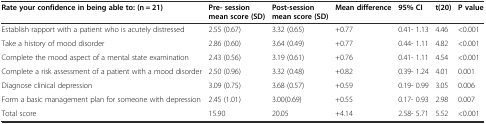
<table><thead><tr><td><b>Rate your confidence in being able to: (n = 21)</b></td><td><b>Pre- session mean score (SD)</b></td><td><b>Post-session mean score (SD)</b></td><td><b>Mean difference</b></td><td><b>95% CI</b></td><td><b>t(20)</b></td><td><b>P value</b></td></tr></thead><tbody><tr><td>Establish rapport with a patient who is acutely distressed</td><td>2.55 (0.67)</td><td>3.32 (0.65)</td><td>+0.77</td><td>0.41- 1.13</td><td>4.46</td><td>&lt;0.001</td></tr><tr><td>Take a history of mood disorder</td><td>2.86 (0.60)</td><td>3.64 (0.49)</td><td>+0.77</td><td>0.44- 1.11</td><td>4.82</td><td>&lt;0.001</td></tr><tr><td>Complete the mood aspect of a mental state examination</td><td>2.43 (0.56)</td><td>3.19 (0.61)</td><td>+0.76</td><td>0.41- 1.11</td><td>4.54</td><td>&lt;0.001</td></tr><tr><td>Complete a risk assessment of a patient with a mood disorder</td><td>2.50 (0.96)</td><td>3.32 (0.48)</td><td>+0.82</td><td>0.39- 1.24</td><td>4.01</td><td>0.001</td></tr><tr><td>Diagnose clinical depression</td><td>3.09 (0.75)</td><td>3.68 (0.57)</td><td>+0.59</td><td>0.19- 0.99</td><td>3.05</td><td>0.006</td></tr><tr><td>Form a basic management plan for someone with depression</td><td>2.45 (1.01)</td><td>3.00(0.69)</td><td>+0.55</td><td>0.17- 0.93</td><td>2.98</td><td>0.007</td></tr><tr><td>Total score</td><td>15.90</td><td>20.05</td><td>+4.14</td><td>2.58- 5.71</td><td>5.52</td><td>&lt;0.001</td></tr></tbody></table>